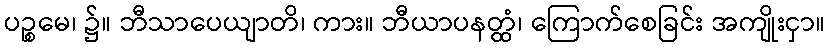
ပဉ္စမေ၊ ၌။ ဘီသာပေယျာတိ၊ ကား။ ဘီယာပနတ္ထံ၊ ကြောက်စေခြင်း အကျိုးငှာ။